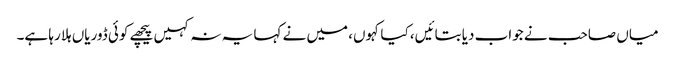
میاں صاحب نے جواب دیا بتائیں، کیا کہوں، میں نے کہا یہ نہ کہیں پیچھے کوئی ڈوریاں ہلا رہا ہے۔